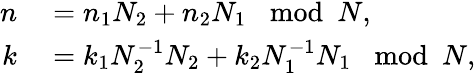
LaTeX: \begin{array}{rl}{n}&{{}=n_{1}N_{2}+n_{2}N_{1}\mod N,}\\ {k}&{{}=k_{1}N_{2}^{-1}N_{2}+k_{2}N_{1}^{-1}N_{1}\mod N,}\end{array}